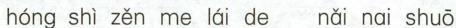
hóng shì zěn me lái de nǎi nai shuō